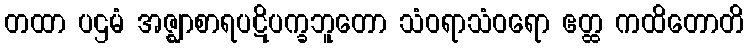
တထာ ပဌမံ အဇ္ဈာစာရပဋိပက္ခဘူတော သံဝရာသံဝရော ဧတ္ထ ကထိတောတိ